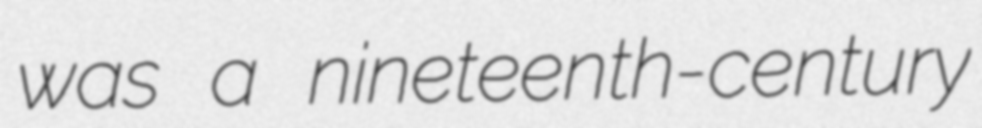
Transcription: was a nineteenth-century